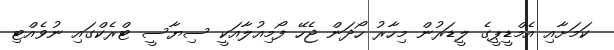
ކަމަށާއި އެމްޑީޕީގެ ލީޑަރުން މިހާރު ހޯދަން ޖެހޭ ފޯމިއުލާއަކީ ސިޔާސީ ޓްރެކްގައި ނުވެއްޓި